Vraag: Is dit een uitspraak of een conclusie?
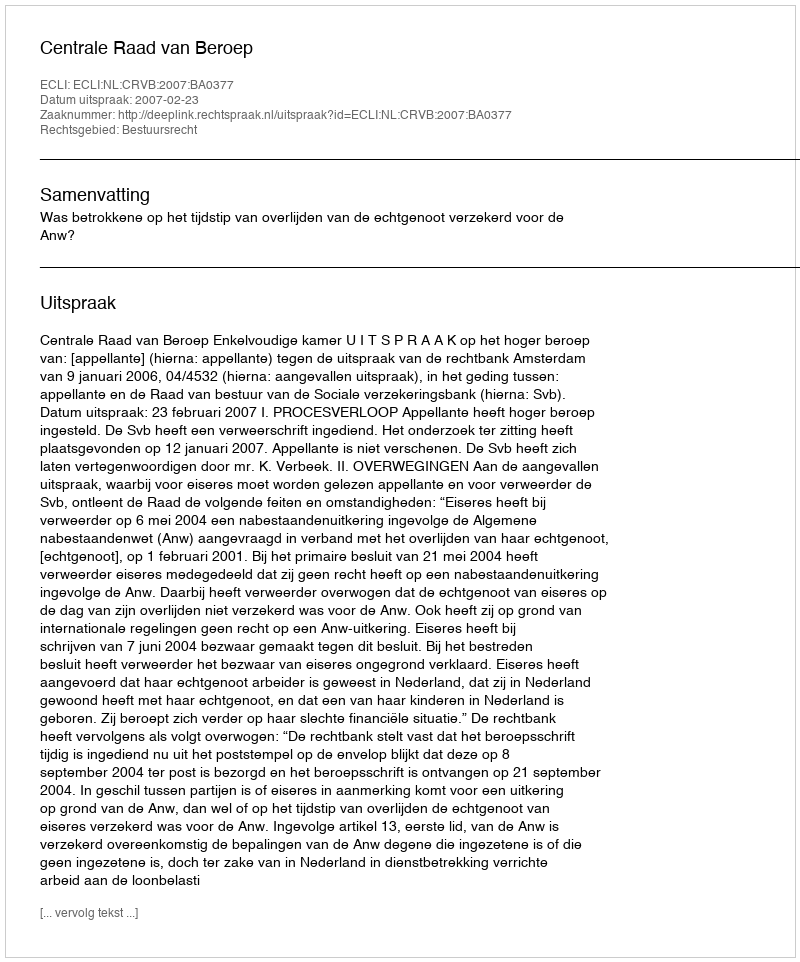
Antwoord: Uitspraak